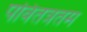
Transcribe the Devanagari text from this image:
पवितत्रतम